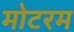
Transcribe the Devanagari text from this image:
मोटरम